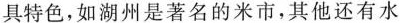
具特色，如湖州是著名的米市，其他还有水